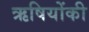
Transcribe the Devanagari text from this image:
ऋषियोंकी